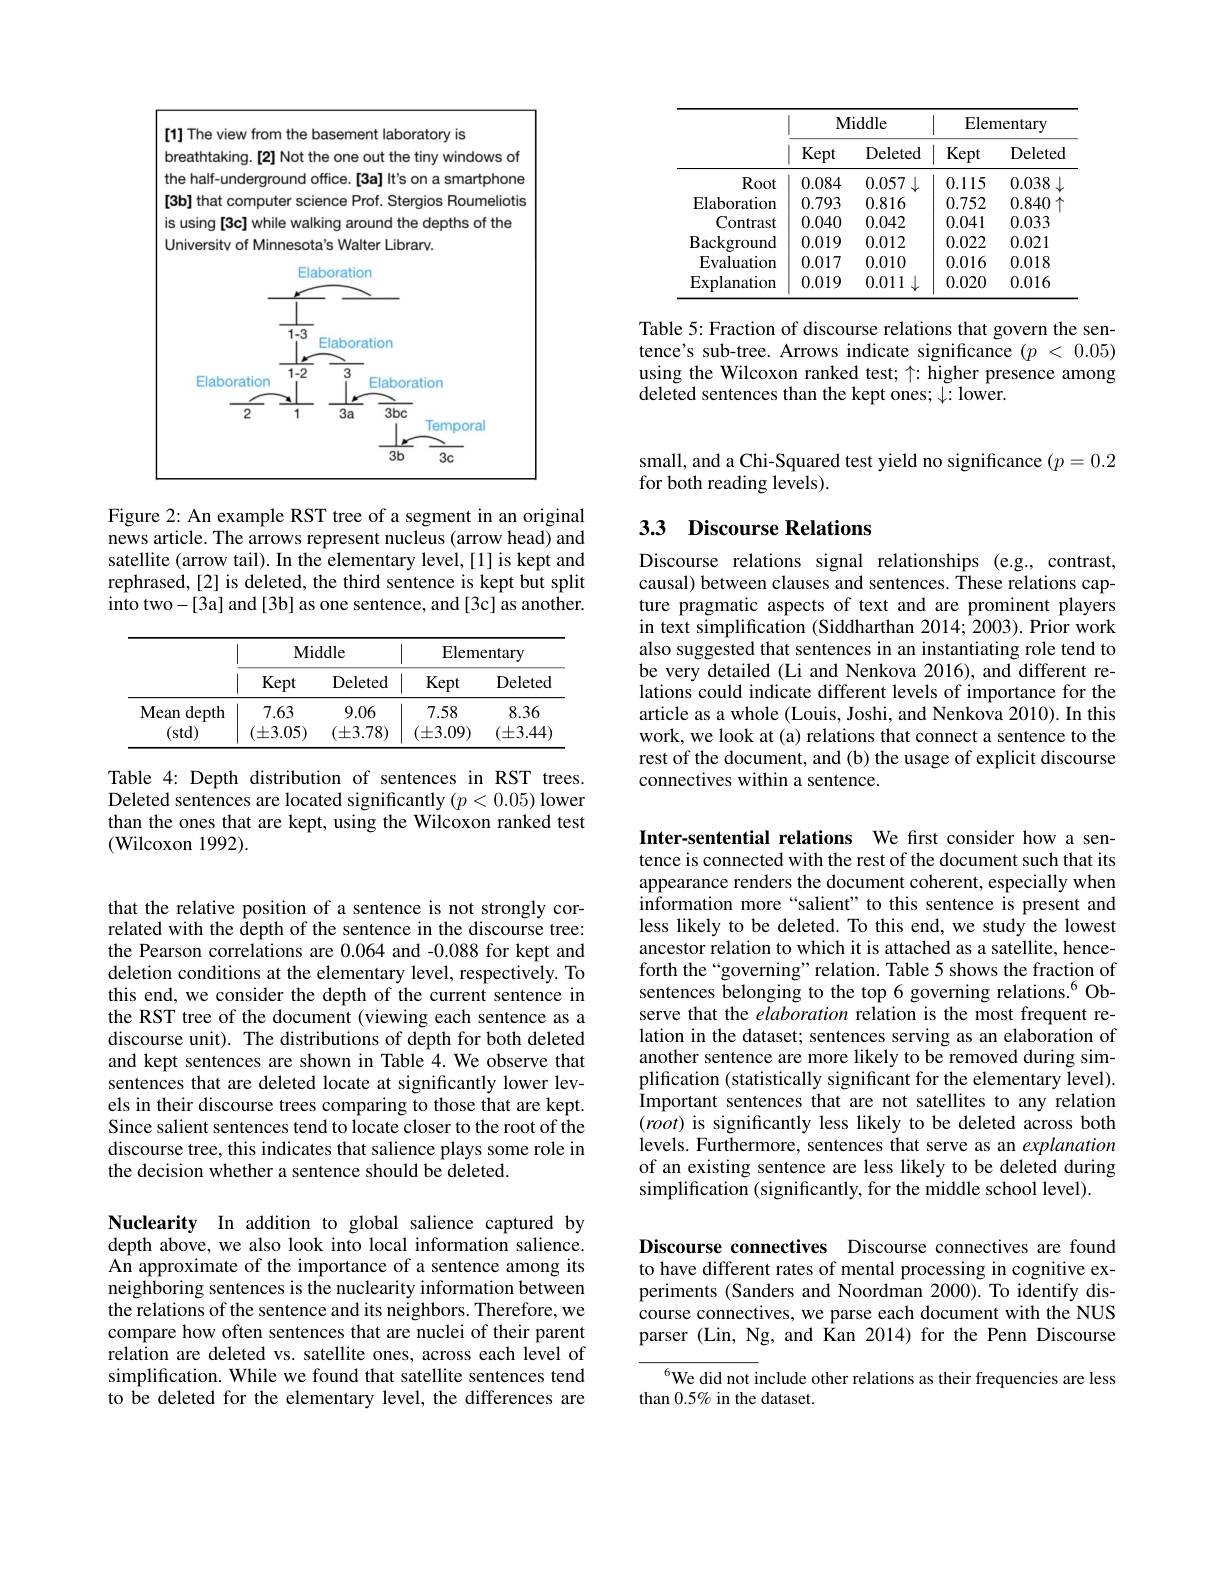
<table>
	<tbody>
		<tr>
			<th> </th>
			<th colspan="2">Middle</th>
			<th colspan="2">Elementary</th>
		</tr>
		<tr>
			<th> </th>
			<th>Kept</th>
			<th>Deleted</th>
			<th>Kept</th>
			<th>Deleted</th>
		</tr>
		<tr>
			<td>Root</td>
			<td>0.084</td>
			<td>0.057</td>
			<td>0.115</td>
			<td>0.038</td>
		</tr>
		<tr>
			<td>Elaboration</td>
			<td>0.793</td>
			<td>0.816</td>
			<td>0.752</td>
			<td>0.840</td>
		</tr>
		<tr>
			<td>Contrast</td>
			<td>0.040</td>
			<td>0.042</td>
			<td>0.041</td>
			<td>0.033</td>
		</tr>
		<tr>
			<td>Background</td>
			<td>0.019</td>
			<td>0.012</td>
			<td>0.022</td>
			<td>0.021</td>
		</tr>
		<tr>
			<td>Evaluation</td>
			<td>0.017</td>
			<td>0.010</td>
			<td>0.016</td>
			<td>0.018</td>
		</tr>
		<tr>
			<td>Explanation</td>
			<td>0.019</td>
			<td>0.011 1</td>
			<td>0.020</td>
			<td>0.016</td>
		</tr>
	</tbody>
</table>

Table 5: Fraction of discourse relations that govern the sentence's sub-tree. Arrows indicate significance $( p$ < 0.05) using the Wilcoxon ranked test; $\uparrow:\tilde{\text{higher presence among}}$ deleted sentences than the kept ones; $\downarrow:1$ower.

[1] The view from the basement laboratory is
breathtaking.[2] Not the one out the tiny windows of the half-underground office. [3a] It's on a smartphone [3b] that computer science Prof. Stergios Roumeliotis is using [3c] while walking around the depths of the Universitv of Minnesota's Walter Librarv.

<FigureHere>

Figure 2: An example RST tree of a segment in an original news article. The arrows represent nucleus (arrow head) and satellite (arrow tail). In the elementary level,[1] is kept and rephrased,[2] is deleted, the third sentence is kept but split into two-[3a] and[3b] as one sentence, and [3c] as another.

<table>
	<tbody>
		<tr>
			<th> </th>
			<th colspan="2">Middle</th>
			<th colspan="2">Elementary</th>
		</tr>
		<tr>
			<th> </th>
			<th>Kept</th>
			<th>Deleted</th>
			<th>Kept</th>
			<th>Deleted</th>
		</tr>
		<tr>
			<td>Mean depth (std)</td>
			<td>7.63 $(\pm3.05)$</td>
			<td>9.06 $(\pm3.78)$</td>
			<td>7.58 $(\pm3.09)$</td>
			<td>8.36 $(\pm3.44$</td>
		</tr>
	</tbody>
</table>

Table 4: Depth distribution of sentences in RST trees. Deleted sentences are located significantly $(p<0.05)$ lower than the ones that are kept, using the Wilcoxon ranked test (Wilcoxon 1992).

that the relative position of a sentence is not strongly correlated with the depth of the sentence in the discourse tree: the Pearson correlations are 0.064 and -0.088 for kept and deletion conditions at the elementary level, respectively. To this end, we consider the depth of the current sentence in the RST tree of the document (viewing each sentence as a discourse unit). The distributions of depth for both deleted and kept sentences are shown in Table 4.We observe that sentences that are deleted locate at significantly lower levels in their discourse trees comparing to those that are kept. Since salient sentences tend to locate closer to the root of the discourse tree, this indicates that salience plays some role in the decision whether a sentence should be deleted.

Nuclearity In addition to global salience captured by depth above, we also look into local information salience. An approximate of the importance of a sentence among its neighboring sentences is the nuclearity information between the relations of the sentence and its neighbors. Therefore, we compare how often sentences that are nuclei of their parent relation are deleted vs. satellite ones, across each level of simplification. While we found that satellite sentences tend to be deleted for the elementary level, the differences are

small, and a Chi-Squared test yield no significance $(p=0.2$
for both reading levels).

# 33 Discourse Relations

Discourse relations signal relationships (e.g., contrast, causal) between clauses and sentences. These relations capture pragmatic aspects of text and are prominent players in text simplification (Siddharthan 2014; 2003). Prior work also suggested that sentences in an instantiating role tend to be very detailed (Li and Nenkova 2016), and different relations could indicate different levels of importance for the article as a whole (Louis, Joshi, and Nenkova 2010). In this work, we look at (a) relations that connect a sentence to the rest of the document, and (b) the usage of explicit discourse connectives within a sentence.

Inter-sentential relations We first consider how a sentence is connected with the rest of the document such that its appearance renders the document coherent, especially when information more“salient”to this sentence is present and less likely to be deleted. To this end, we study the lowest ancestor relation to which it is attached as a satellite, henceforth the“governing” relation. Table 5 shows the fraction of sentences belonging to the top 6 governing relations.$^{6}$Observe that the elaboration relation is the most frequent relation in the dataset; sentences serving as an elaboration of another sentence are more likely to be removed during simplification (statistically significant for the elementary level). Important sentences that are not satellites to any relation $(root)$ is significantly less likely to be deleted across both levels. Furthermore, sentences that serve as an explanation of an existing sentence are less likely to be deleted during simplification (significantly, for the middle school level).

Discourse connectives Discourse connectives are found to have different rates of mental processing in cognitive experiments (Sanders and Noordman 2000).To identify discourse connectives, we parse each document with the NUS parser (Lin, Ng, and Kan 2014) for the Penn Discourse

$^{6}$We did not include other relations as their frequencies are less
than 0.5% in the dataset.